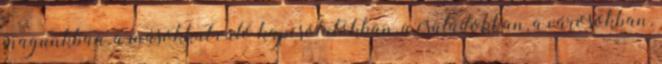
magunkban, a másokkal való kapcsolatokban, a családokban, a városokban,